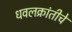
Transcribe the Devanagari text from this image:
धवलक्रांतीचे